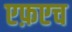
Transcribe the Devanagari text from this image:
एफ़एच